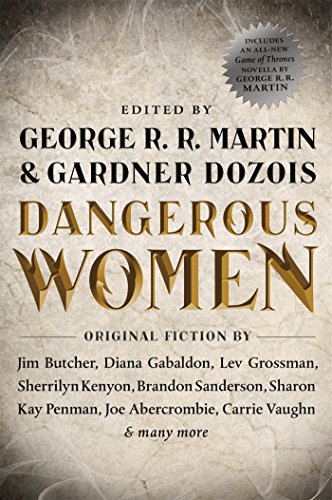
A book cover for Dangerous Women; Science Fiction & Fantasy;